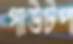
গাউটপ